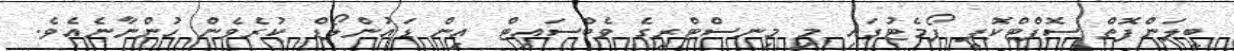
ބީލަންފޮތް ސޮފްޓްކޮޕީ ފޯމެޓުގައި މި މިނސްޓްރީގެ ވެބްސައިޓް އިން ޑައުންލޯޑް ކުރެވެން ހުންނާނެއެވެ.